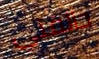
حالفني